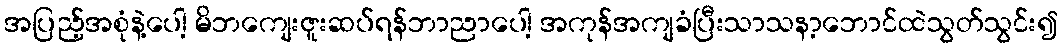
အပြည့်အစုံနဲ့ပေါ့ မိဘကျေးဇူးဆပ်ရန်ဘာညာပေါ့ အကုန်အကျခံပြီးသာသနာ့ဘောင်ထဲသွတ်သွင်း၍